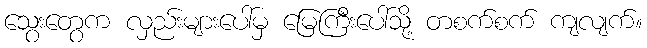
သွေးတွေက လှည်းများပေါ်မှ မြေကြီးပေါ်သို့ တစက်စက် ကျလျက်။